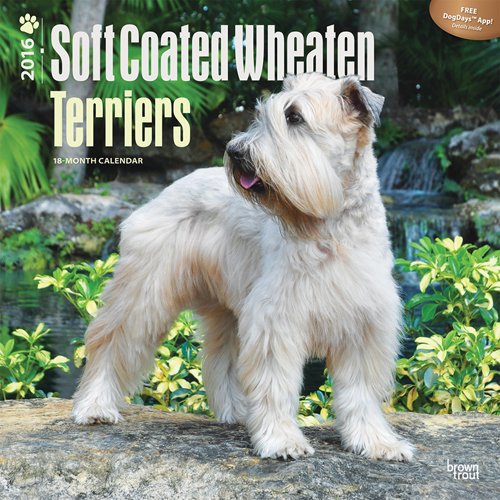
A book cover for Wheaten Terriers, Soft Coated 2016 Square 12x12; Browntrout Publishers; Calendars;